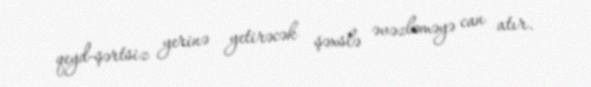
qeyd-şərtsiz yerinə yetirəcək şəxslə əvəzləməyə can atır.